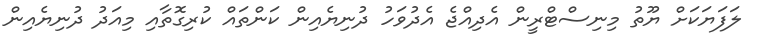
ލަފަޔަކަށް ޔޫތު މިނިސްޓްރީން އެދިއްޖެ އެދުވަހު ދުނިޔެއިން ކަންތައް ކުރިގޮތާއި މިއަދު ދުނިޔެއިން